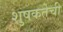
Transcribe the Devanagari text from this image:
शुषकतेची